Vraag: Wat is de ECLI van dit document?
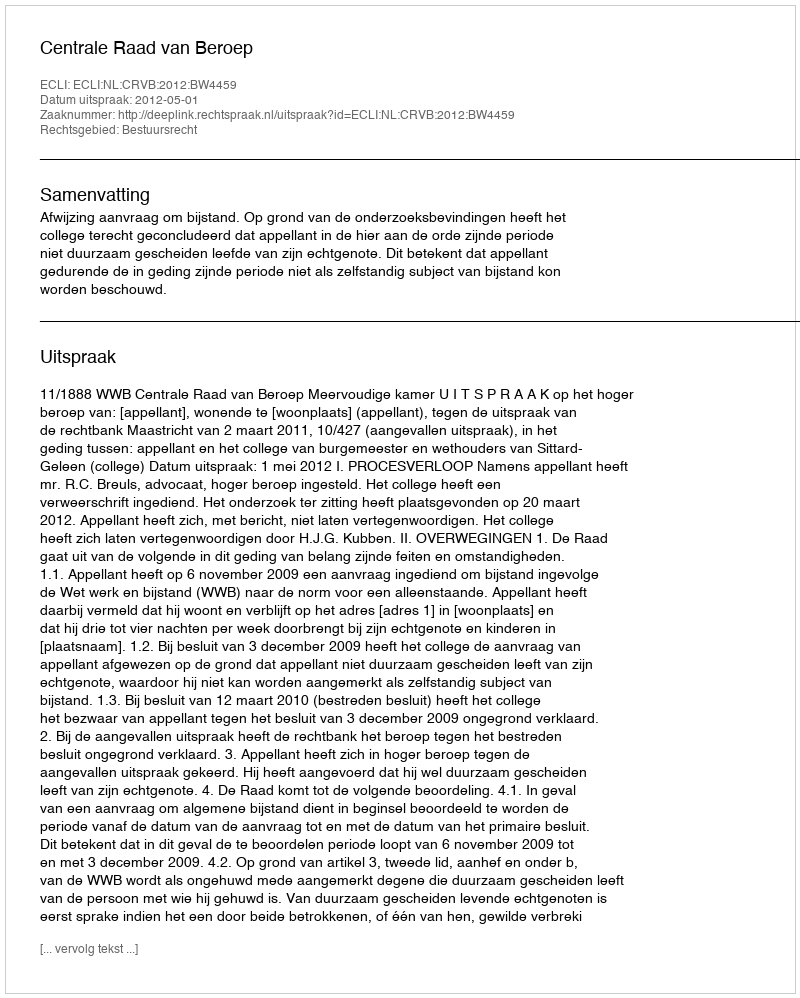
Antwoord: ECLI:NL:CRVB:2012:BW4459